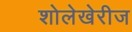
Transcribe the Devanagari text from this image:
शोलेखेरीज